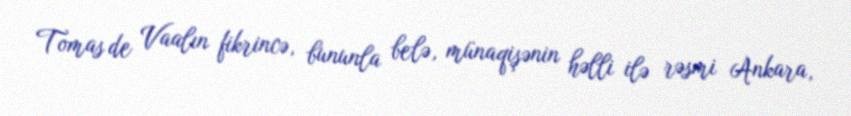
Tomas de Vaalın fikrincə, bununla belə, münaqişənin həlli ilə rəsmi Ankara,